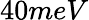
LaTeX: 40meV